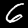
Label: 6